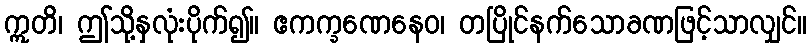
ဣတိ၊ ဤသို့နှလုံးပိုက်၍။ ဧကက္ခဏေနေဝ၊ တပြိုင်နက်သောခဏဖြင့်သာလျှင်။